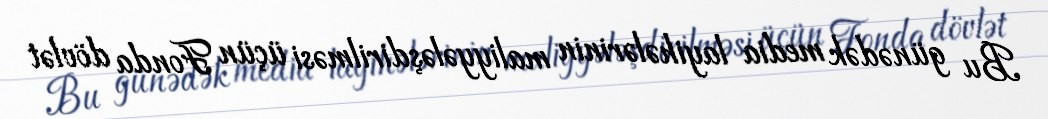
Bu günədək media layihələrinin maliyyələşdirilməsi üçün Fonda dövlət